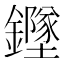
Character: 𲇫